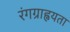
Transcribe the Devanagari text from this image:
रंगग्राह्वयता